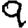
Digit: 9